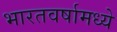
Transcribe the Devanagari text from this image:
भारतवर्षामध्ये